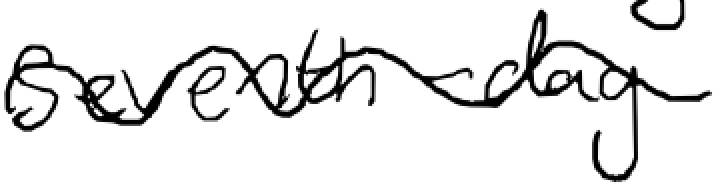
Text: Seventh-day
Cross-out: wave
Writing tool: digital_black